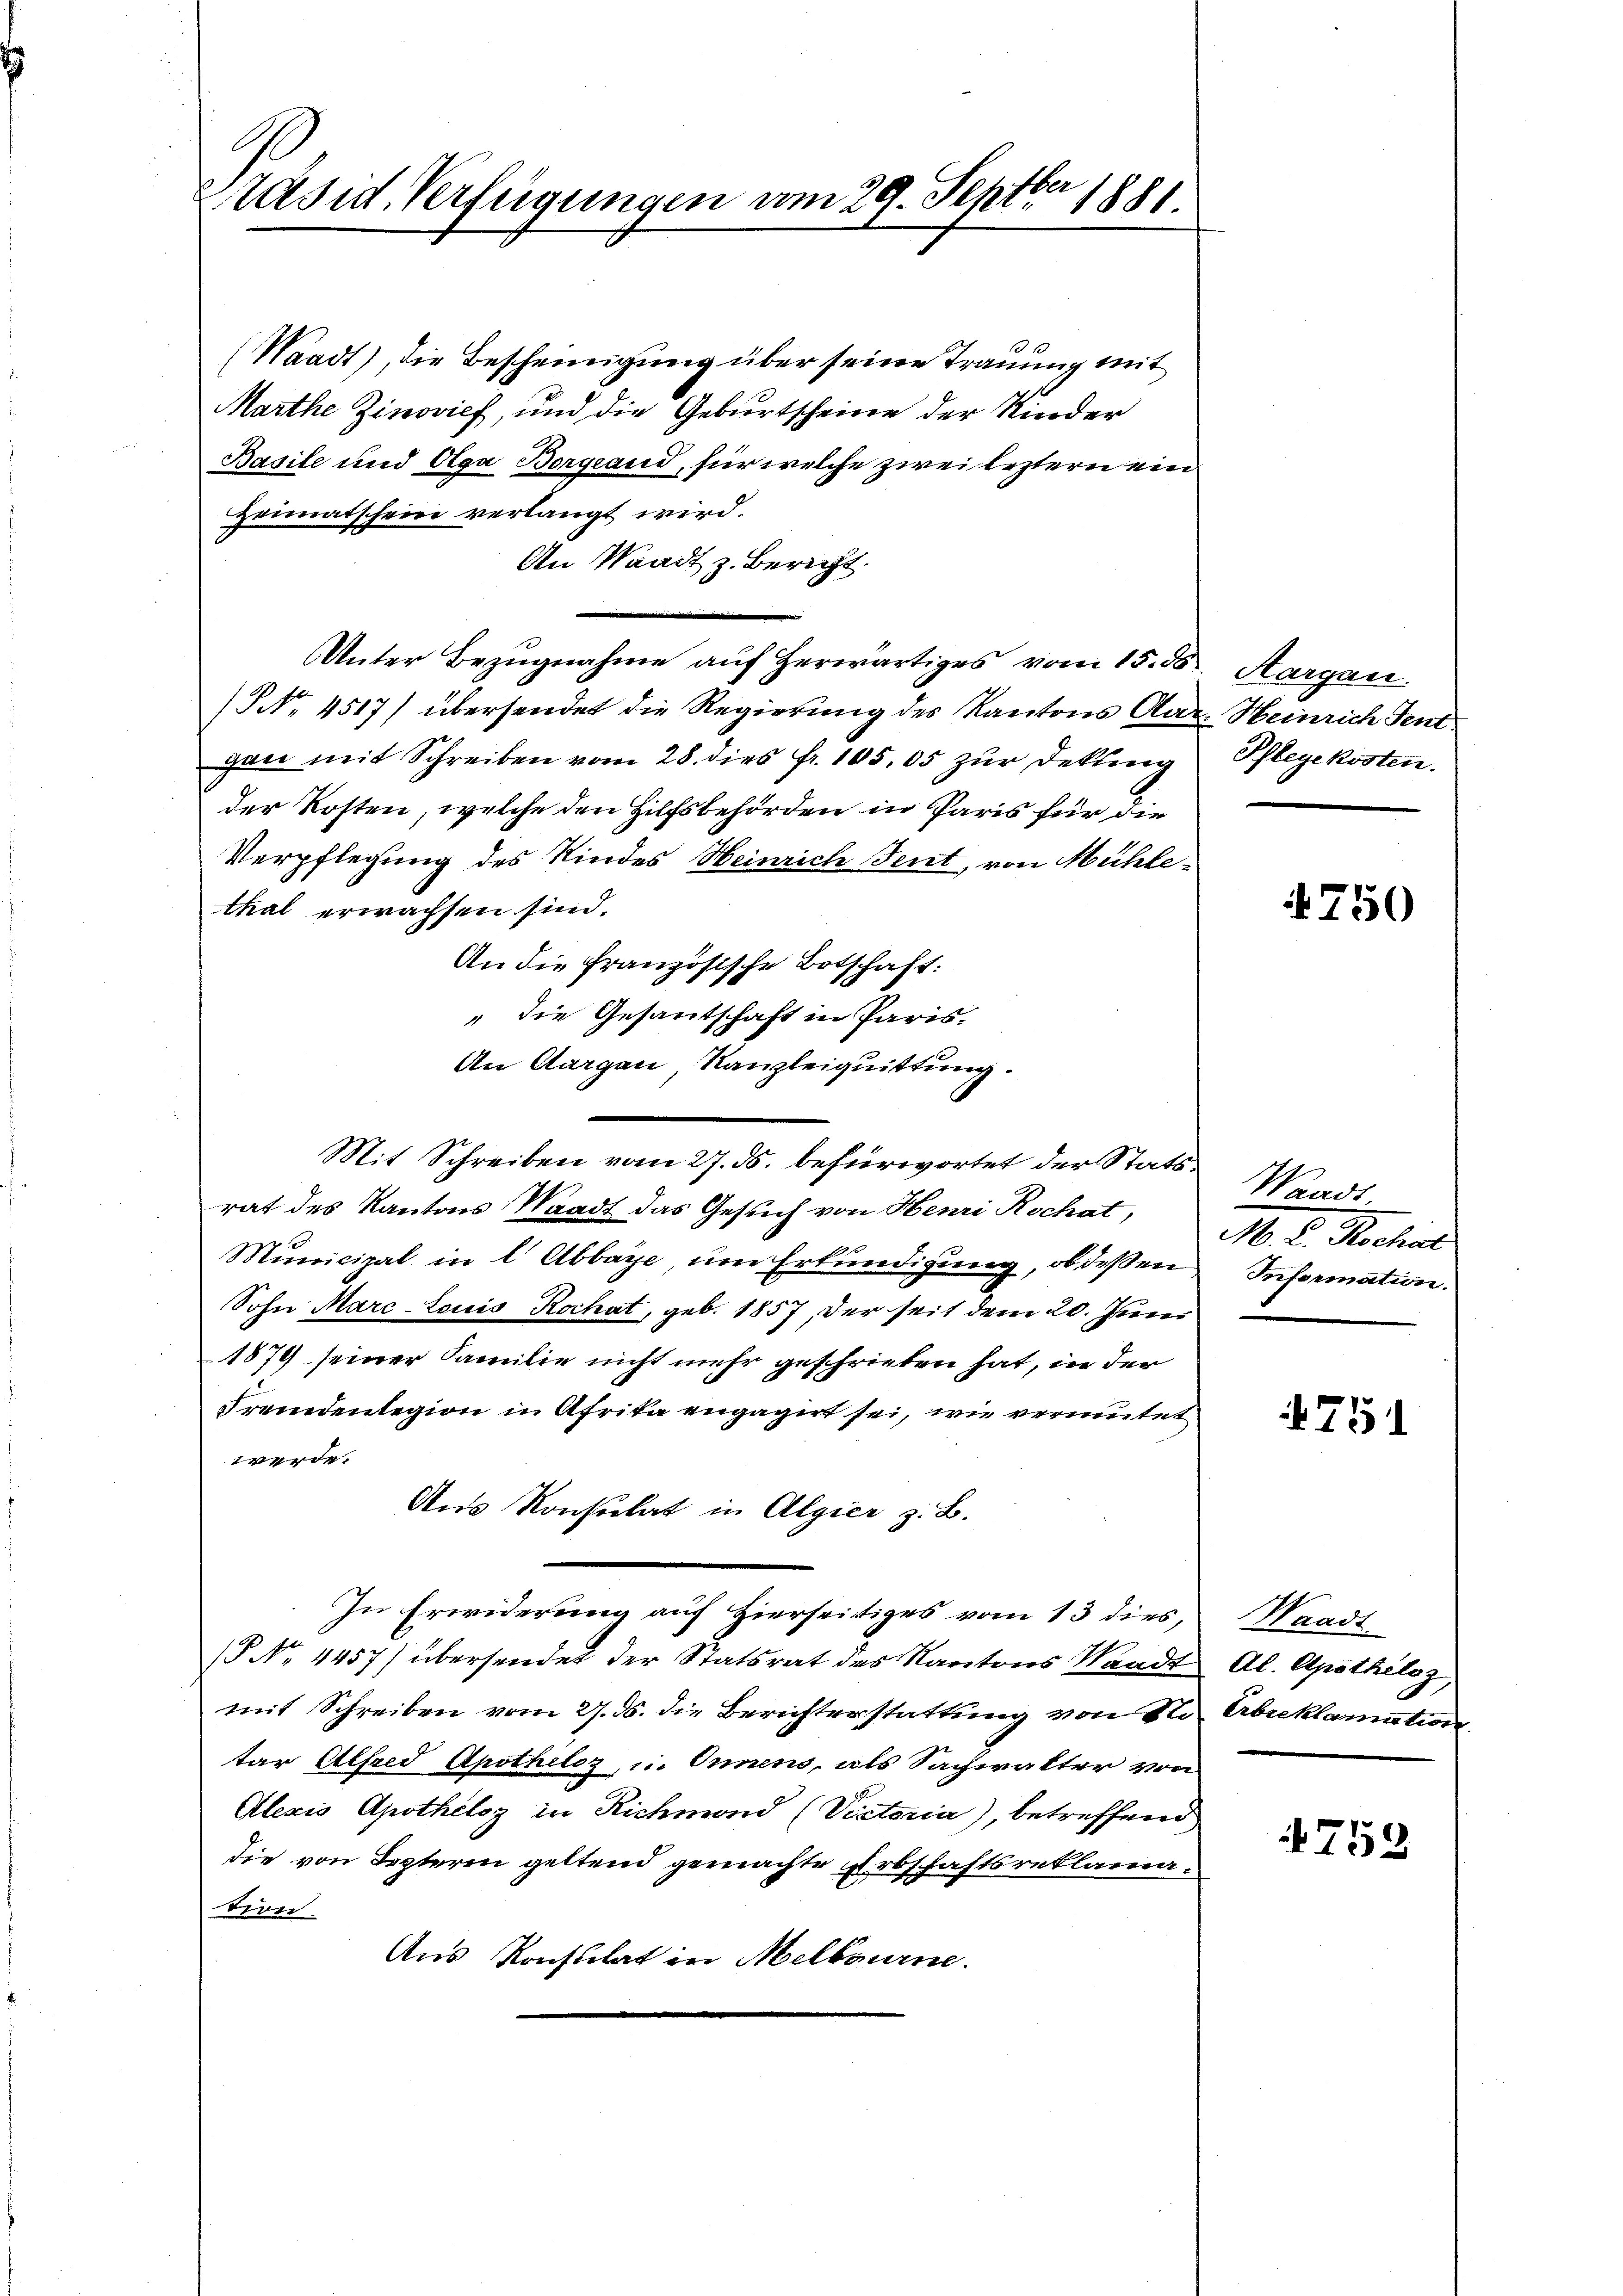
Präsid. Verfügungen am 29. Septbr 1881.

(Waadt), die Bescheinigung über seine Trauung mit
Marthe Zinovief, und die Geburtscheine der Kinder
Basile und Olga Borgeand, für welche zwei leztern ein
Heimatschein verlangt wird.
An Waadt z. Bericht.
Unter Bezugnahme auf herwärtiges vom 15. ds. Aargau.
/NNo. 4517) übersendet die Regierung des Kantons Aar. Heinrich Sent
gan mit Schreiben vom 28. dies Fr. 185,05 zur Dekling
der Kosten, welche den Hilfsbehörden in Paris für die
Verpflegung des Kindes Heinrich Tent, von Mühle-
thal erwachsen sind.
An die französische Botschaft:
" die Gesantschaft in Paris.
An Aargau, Kanzleiquittung.
Mit Schreiben vom 27. ds. befürwortet der Statsrat des Kantons Waadt das Gesuch von Henri Rochat, M. D. Rochat
Municipal in l. Abbaye um Erkundigung, ob deßen
Sohn Marc-Louis Kochat, geb. 1857, der seit dem 20. Juni
1879 seiner Familie nicht mehr geschrieben hat, in der
Fremdenlegion in Afrika engagirt sei, wie vermutet
werde.
Aus Konsulat in Algier z. B.
In Erwiderung auf Hierseitiges vom 13 dies,
§ No 4457) übersendet der Statsrat des Kantons Waadt
mit Schreiben vom 27. ds. die Berichterstattung von Notar Alfred Apothelos, in Onnens, als Sachwalter von
Alexis Apothéloz in Richmond (Vieteria), betreffend
die von Septerin geltend gemachte Erbschaftsreklamation.
Aus Konstilat in Melbourne.

Pflegekosten.

4750

Waadt,
Information.

751

Waadt
Al. Apothiloz,
Erbreklamation

752